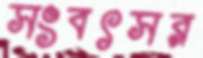
সংবৎসর